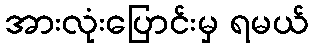
အားလုံးပြောင်းမှ ရမယ်